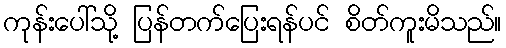
ကုန်းပေါ်သို့ ပြန်တက်ပြေးရန်ပင် စိတ်ကူးမိသည်။